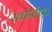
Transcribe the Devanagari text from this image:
स्वनिहित